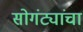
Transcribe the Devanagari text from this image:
सोगंट्यांचा